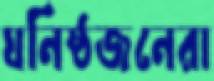
ঘনিষ্ঠজনেরা